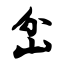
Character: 岔